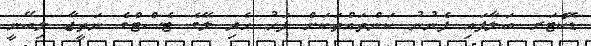
ޑޮކްޓަރ ބަލާފައި ފެނުނު ކަންތައްތަކަށް ފަހު ހެދި ލޭގެ ޓެސްޓްގެ ނަތީޖާ ލިބޭނީ